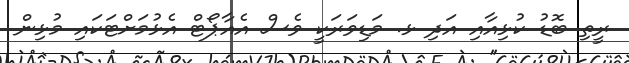
ރީތި ބޮޑު ކުޅިއާއި އަދި ޅ. މަޑިވަރަކީ ވެސް އެއާޕޯޓް އެޅުމަށްޓަކައި މުޅިން